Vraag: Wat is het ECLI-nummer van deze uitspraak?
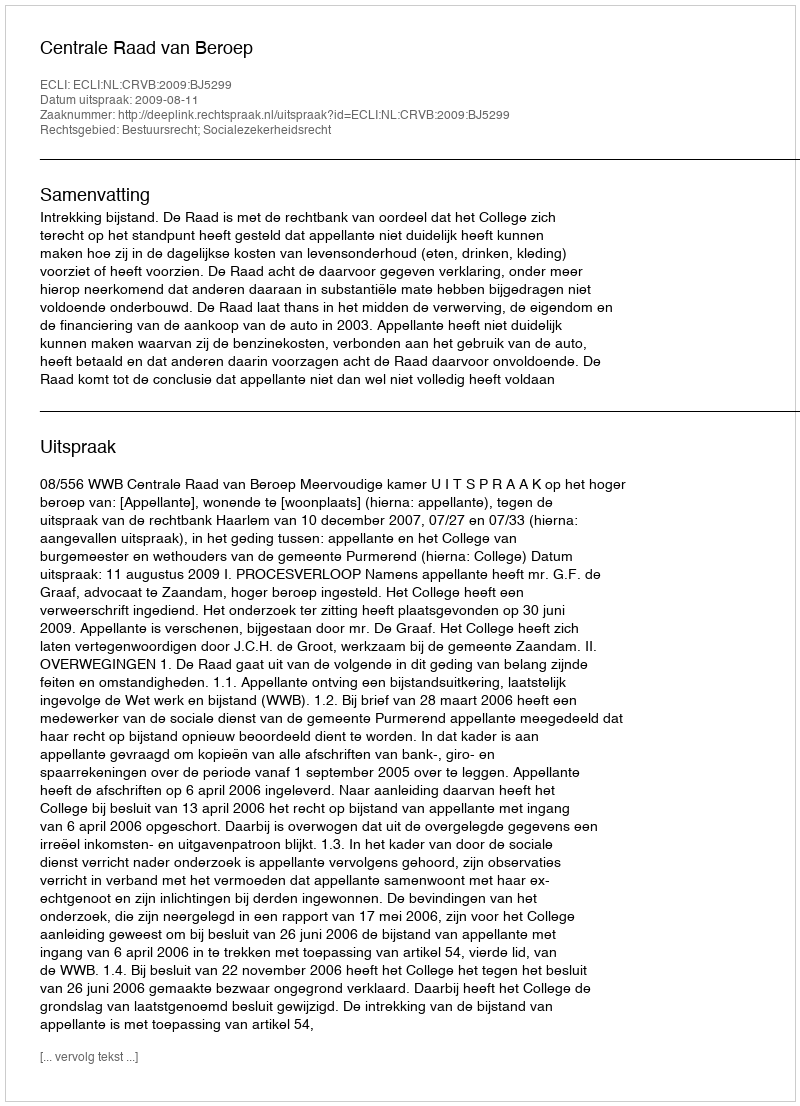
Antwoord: ECLI:NL:CRVB:2009:BJ5299